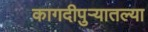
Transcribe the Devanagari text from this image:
कागदीपुर्‍यातल्या